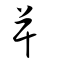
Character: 屰